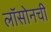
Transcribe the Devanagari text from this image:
लॉसोनची